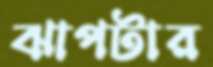
ঝাপটার